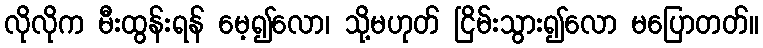
လိုလိုက မီးထွန်းရန် မေ့၍လော၊ သို့မဟုတ် ငြိမ်းသွား၍လော မပြောတတ်။